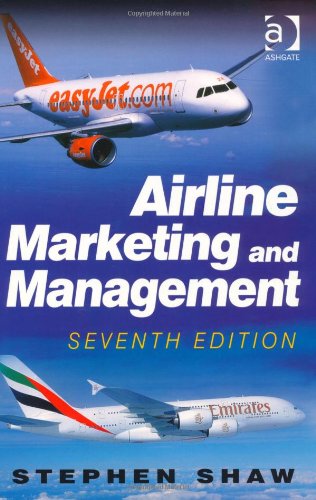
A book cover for Airline Marketing and Management; Stephen Shaw; Business & Money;